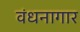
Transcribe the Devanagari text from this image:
वंधनागार